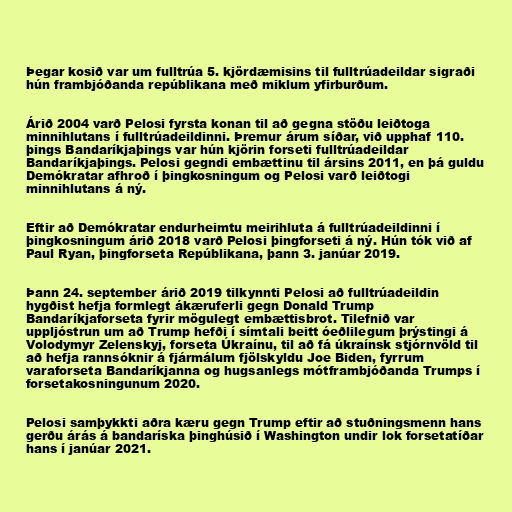
Þegar kosið var um fulltrúa 5. kjördæmisins til fulltrúadeildar sigraði
hún frambjóðanda repúblikana með miklum yfirburðum.

Árið 2004 varð Pelosi fyrsta konan til að gegna stöðu leiðtoga
minnihlutans í fulltrúadeildinni. Þremur árum síðar, við upphaf 110.
þings Bandaríkjaþings var hún kjörin forseti fulltrúadeildar
Bandaríkjaþings. Pelosi gegndi embættinu til ársins 2011, en þá guldu
Demókratar afhroð í þingkosningum og Pelosi varð leiðtogi
minnihlutans á ný.

Eftir að Demókratar endurheimtu meirihluta á fulltrúadeildinni í
þingkosningum árið 2018 varð Pelosi þingforseti á ný. Hún tók við af
Paul Ryan, þingforseta Repúblikana, þann 3. janúar 2019.

Þann 24. september árið 2019 tilkynnti Pelosi að fulltrúadeildin
hygðist hefja formlegt ákæruferli gegn Donald Trump
Bandaríkjaforseta fyrir mögulegt embættisbrot. Tilefnið var
uppljóstrun um að Trump hefði í símtali beitt óeðlilegum þrýstingi á
Volodymyr Zelenskyj, forseta Úkraínu, til að fá úkraínsk stjórnvöld til
að hefja rannsóknir á fjármálum fjölskyldu Joe Biden, fyrrum
varaforseta Bandaríkjanna og hugsanlegs mótframbjóðanda Trumps í
forsetakosningunum 2020.

Pelosi samþykkti aðra kæru gegn Trump eftir að stuðningsmenn hans
gerðu árás á bandaríska þinghúsið í Washington undir lok forsetatíðar
hans í janúar 2021.